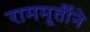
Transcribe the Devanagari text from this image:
राममूर्तीने